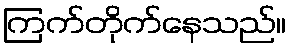
ကြက်တိုက်နေသည်။